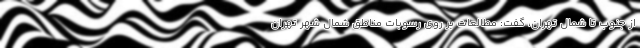
از جنوب تا شمال تهران، گفت: مطالعات بر روی رسوبات مناطق شمال شهر تهران